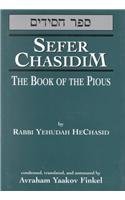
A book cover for Sefer Chasidim: The Book of the Pious; Avraham Yaakov Finkel; Religion & Spirituality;